Vaccination report Assam 1874-1896 - 1874-1896
Year: 1874
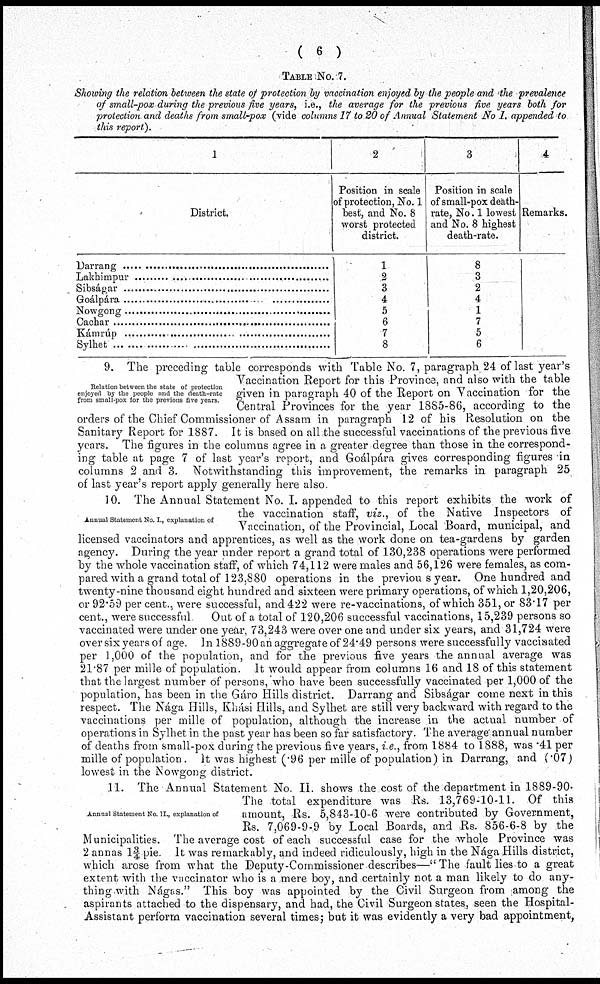
( 6 )
TABLE No. 7.
Showing the relation between the state of protection by vaccination enjoyed by the people and the prevalence
of small-pox during the previous five years, i.e., the average for the previous five years both for
protection and deaths from small-pox (vide columns 17 to 20 of Annual Statement No I. appended to
this report).
1
District.
Darrang ....................
Lakhimpur ....................
Sibságar ....................
Goálpára ....................
Nowgong ..................
Cachar ........................
Kámrúp ....................
Sylhet ........................
2
Position in scale
of protection, No. 1
best, and No. 8
worst protected
district.
1
2
3
4
5
6
7
8
3
Position in scale
of small-pox death-
rate, No. 1 lowest
and No. 8 highest
death-rate.
8
3
2
4
1
7
5
6
4
Remarks.
Relation between the state of protection
enjoyed by the people and the death-rate
from small-pox for the previous five years
9. The preceding table corresponds with Table No.7, paragraph 24 of last year's
Vaccination Report for this Province, and also with the table
given in paragraph 40 of the Report on Vaccination for the
Central Provinces for the year 1885-86, according to the
orders of the Chief Commissioner of Assam in paragraph 12 of his Resolution on the
Sanitary Report for 1887. It is based on all the successful vaccinations of the previous five
years. The figures in the columns agree in a. greater degree than those in the correspond-
ing table at page 7 of last year's report, and Goálpára gives corresponding figures in
columns 2 and 3. Notwithstanding this improvement, the remarks in paragraph 25
of last year's report apply generally here also
Annual Statement No. I., explanation of
10. The Annual Statement No. I. appended to this report exhibits the work of
the vaccination staff, viz., of the Native Inspectors of
Vaccination, of the Provincial, Local Board, municipal, and
licensed vaccinators and apprentices, as well as the work done on tea-gardens by garden
agency. During the year under report a grand total of 130,238 operations were performed
by the whole vaccination staff, of which 74,112 were males and 56,126 were females, as com-
pared with a grand total of 123,880 operations in the previous year. One hundred and
twenty-nine thousand eight hundred and sixteen were primary operations, of which 1,20,206,
or 92.59 per cent., were successful, and 422 were re-vaccinations, of which 351, or 83.17 per
cent., were successful
Out of a total of 120,206 successful vaccinations, 15,239 persons so
vaccinated were under one year, 73,243 were over one and under six years, and 31,724 were
over six years of age. In 1889-90 an aggregate of 24.49 persons were successfully vaccinated
per 1,000 of the population, and for the previous five years the annual average was
21.87 per mille of population. It would appear from columns 16 and 18 of this statement
that the largest number of persons, who have been successfully vaccinated per 1,000 of the
population, has been in the Gáro Hills district. Darrang and Sibságar come next in this
respect. The Nága Hills, Khási Hills, and Sylhet are still very backward with regard to the
vaccinations per mille of population, although the increase in the actual number of
operations in Sylhet in the past year has been so far satisfactory. The average'annual number
of deaths from small-pox during the previous five years, i.e., from 1884 to 1888, was .41 per
mille of population. It was highest (.96 per mille of population) in Darrang, and (.07)
lowest in the Nowgong district.
Annual Statement No II., explanation of
11. The Annual Statement No. II. shows the cost of the department in 1889-90.
The total expenditure was Rs. 13,769-10-11. Of this
amount, Rs. 5,843-10-6 were contributed by Government,
Rs. 7,069-9-9 by Local Boards, and Rs. 856-6-8 by the
Municipalities. The average cost of each successful case for the whole Province was
2 annas 1¾ pie It was remarkably, and indeed ridiculously, high in the Nága Hills district,
which arose from what the Deputy-Commissioner describes—" The fault lies to a great
extent with the vaccinator who is a mere boy, and certainly not a man likely to do any-
thing with Nágas." This boy was appointed by the Civil Surgeon from among the
aspirants attached to the dispensary, and had, the Civil Surgeon states, seen the Hospital-
Assistant perform vaccination several times; but it was evidently a very bad appointment,